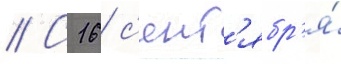
// С 16 с'ент'ябр'я́